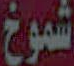
شموخ